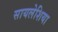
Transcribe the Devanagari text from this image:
सायलेशिया